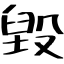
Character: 毀